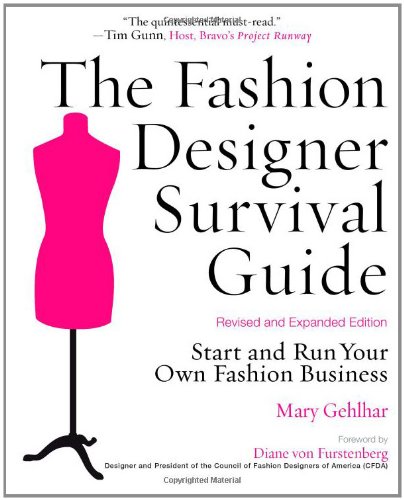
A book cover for The Fashion Designer Survival Guide, Revised and Expanded Edition: Start and Run Your Own Fashion Business; Mary Gehlhar; Arts & Photography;